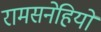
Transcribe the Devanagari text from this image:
रामसनेहियों